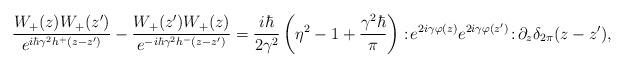
LaTeX: \begin{align*}\frac{W_+(z)W_+(z')}{e^{i\hbar \gamma^2 h^+(z-z')}}-\frac{W_+(z')W_+(z)}{e^{-i\hbar \gamma^2 h^-(z-z')}}=\frac{i\hbar}{2\gamma^2}\left(\eta^2-1+\frac{\gamma^2\hbar}{\pi}\right):\! e^{2i\gamma\varphi(z)}e^{2i\gamma\varphi(z')} \!:\!\partial_z\delta_{2\pi}(z-z'),\end{align*}